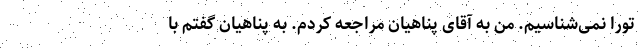
تورا نمی‌شناسیم. من به آقای پناهیان مراجعه کردم. به پناهیان گفتم با